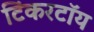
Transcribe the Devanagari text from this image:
टिंकरटॉय